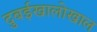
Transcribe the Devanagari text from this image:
दुबईखालोखाल